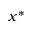
x ^ { * }